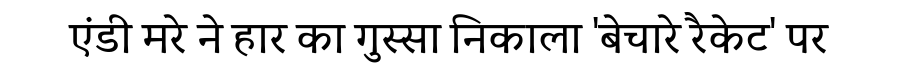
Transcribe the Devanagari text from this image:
एंडी मरे ने हार का गुस्सा निकाला 'बेचारे रैकेट' पर